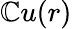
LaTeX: \mathbb{C}u(r)